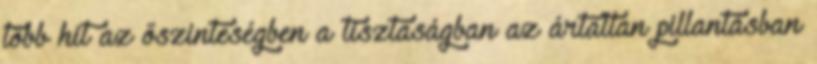
több hit az őszinteségben a tisztaságban az ártatlan pillantásban